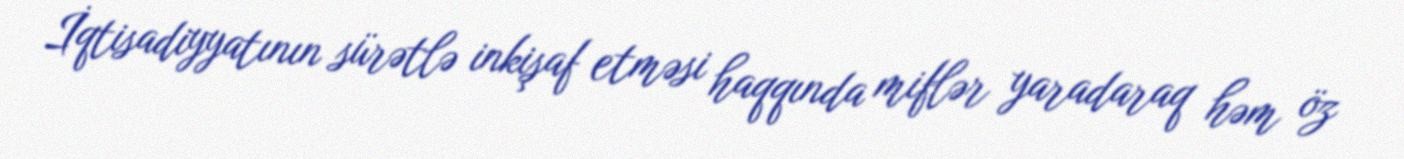
İqtisadiyyatının sürətlə inkişaf etməsi haqqında miflər yaradaraq həm öz